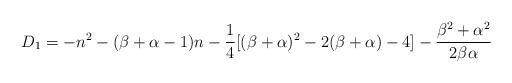
LaTeX: \begin{align*}D_1=-n^2-(\beta+\alpha-1)n-\frac{1}{4}[(\beta+\alpha)^2-2(\beta+\alpha)-4]-\frac{\beta^2+\alpha^2}{2\beta\alpha}\end{align*}